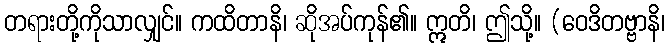
တရားတို့ကိုသာလျှင်။ ကထိတာနိ၊ ဆိုအပ်ကုန်၏။ ဣတိ၊ ဤသို့။ (ဝေဒိတဗ္ဗာနိ၊